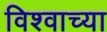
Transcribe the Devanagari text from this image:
विश्‍वाच्‍या